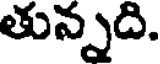
తున్నది.